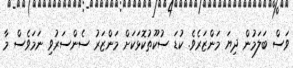
ވަސް ބަލަމުން ދިޔަ މަންޒަރެވެ. ކުޑަ ސުކޫތުކޮޅަކަށް މަންޒަރު ސެންސަރުވި ނަމަވެސް މާ